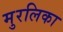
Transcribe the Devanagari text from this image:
मुरलिका